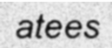
atees